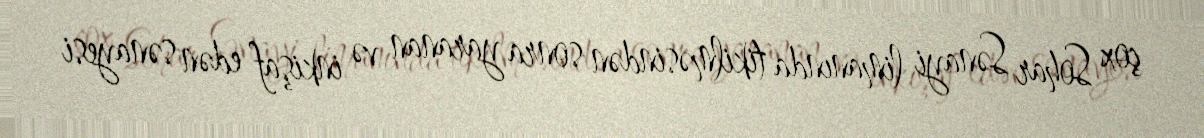
çox Sohar Sənayi limanında tikilməsindən sonra yaranan və inkişaf edən sənayesi